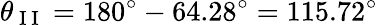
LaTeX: \theta_{\mathrm{~I~I~}}=180^{\circ}-64.28^{\circ}=115.72^{\circ}